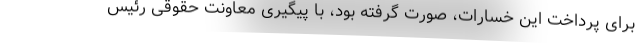
برای پرداخت این خسارات، صورت گرفته بود، با پیگیری معاونت حقوقی رئیس